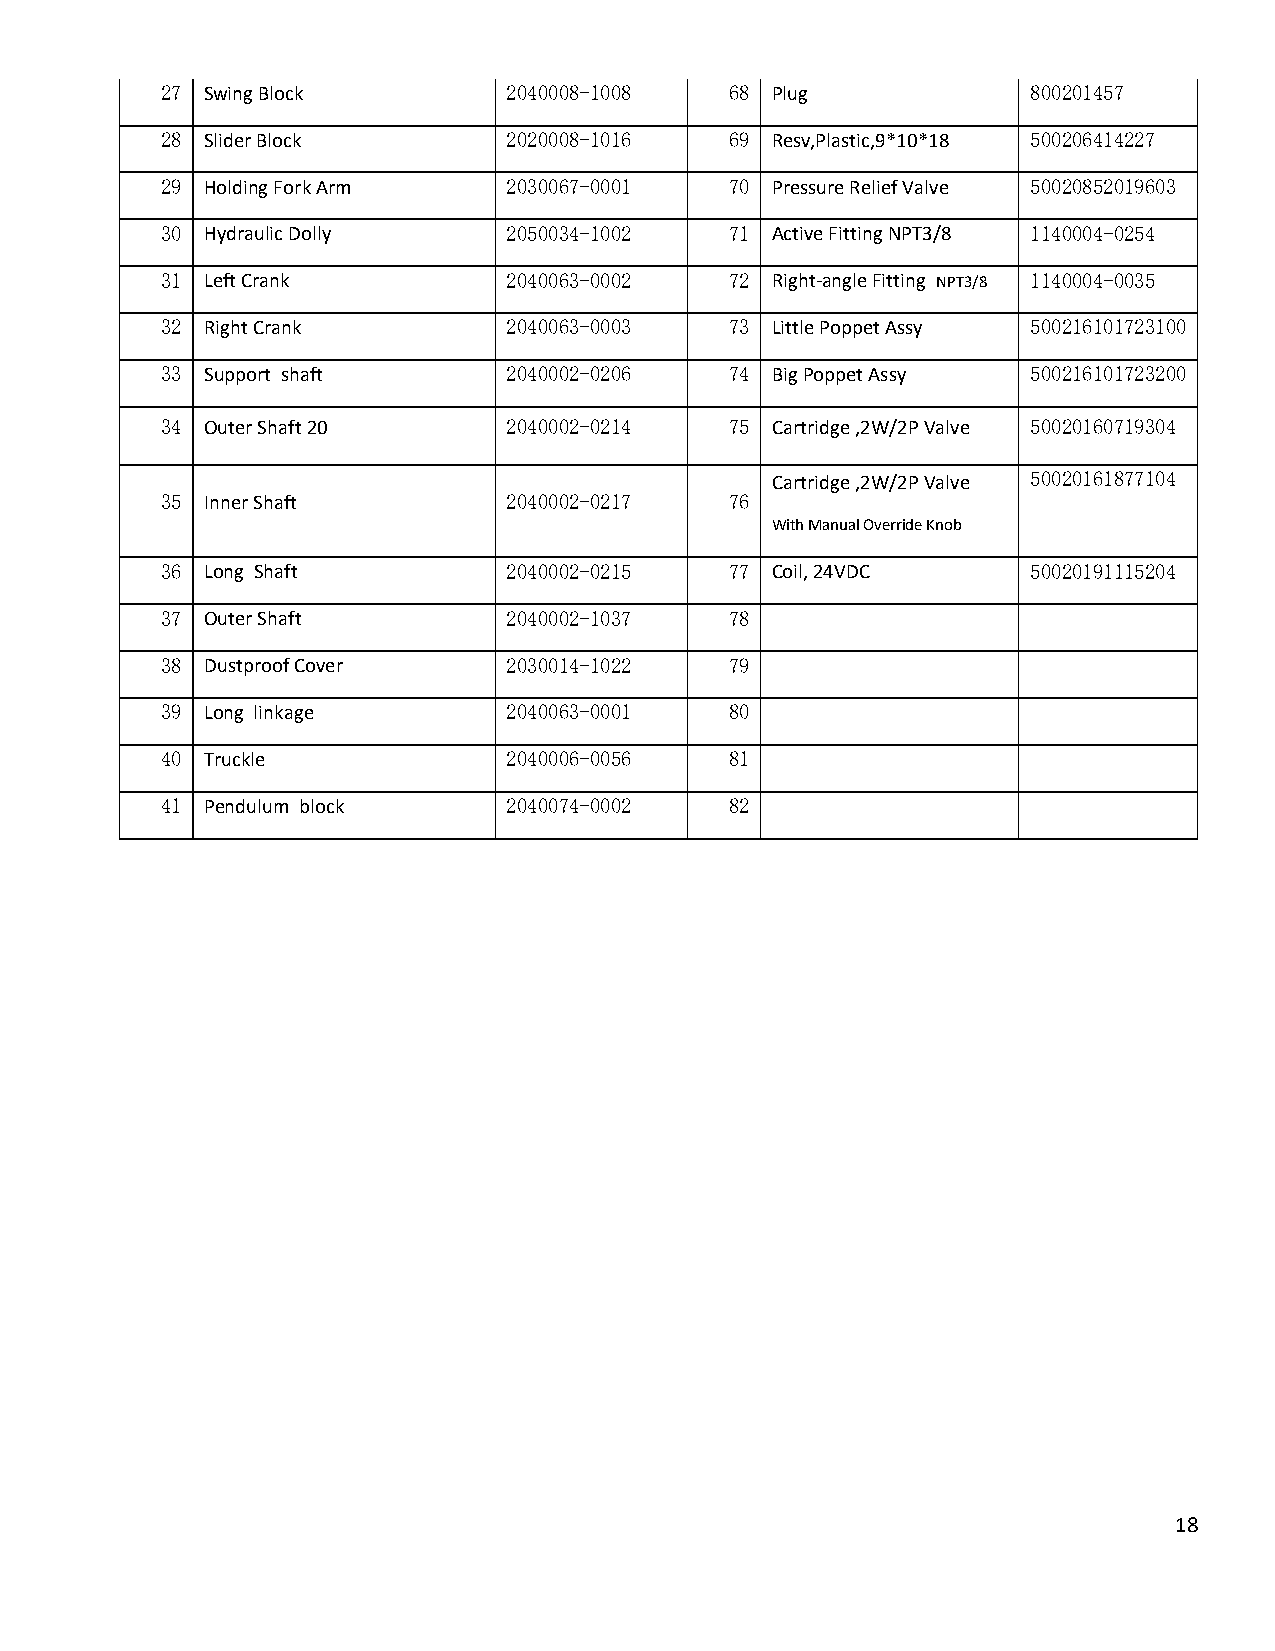
27 Swing Block         2040008-1008  68 Plug             800201457
 28 Slider Block        2020008-1016  69 Resv,Plastic,9*10*18 500206414227
 29 Holding Fork Arm    2030067-0001  70 Pressure Relief Valve 50020852019603
 30 Hydraulic Dolly     2050034-1002  71 Active Fitting NPT3/8 1140004-0254
 31 Left Crank          2040063-0002  72 Right-angle Fitting NPT3/8 1140004-0035
 32 Right Crank         2040063-0003  73 Little Poppet Assy 500216101723100
 33 Support shaft       2040002-0206  74 Big Poppet Assy  500216101723200
 34 Outer Shaft 20      2040002-0214  75 Cartridge ,2W/2P Valve 50020160719304
 Cartridge ,2W/2P Valve 50020161877104
 35 Inner Shaft         2040002-0217  76
 With Manual Override Knob
 36 Long Shaft          2040002-0215  77 Coil, 24VDC      50020191115204
 37 Outer Shaft         2040002-1037  78
 38 Dustproof Cover     2030014-1022  79
 39 Long linkage        2040063-0001  80
 40 Truckle             2040006-0056  81
 41 Pendulum block      2040074-0002  82
 18